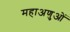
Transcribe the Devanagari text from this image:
महाअणुओं